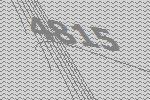
4815